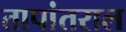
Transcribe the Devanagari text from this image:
तापांतराल